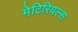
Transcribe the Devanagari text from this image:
मेटिरियल्स